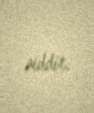
aiddir.